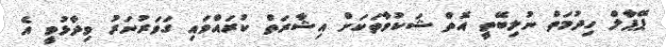
ޕޭޕާލް ހިދުމަތް ނުލިބޭތީ އޮތް ޝަކުވާތަކަށް އިޝާރަތް ކުރައްވައި ގަވަރުނަރު ވިދާޅުވީ އެ